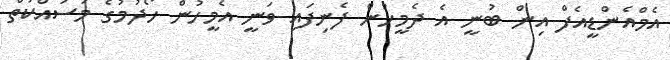
އެމްއެންޑީއެފް އިން ބުނީ އެ ދެމީހުން ފެނިފައި ވަނީ އެމީހުން ހޯދުމުގެ މަސައްކަތް